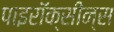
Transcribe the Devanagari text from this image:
पाइरॉक्सीन्स